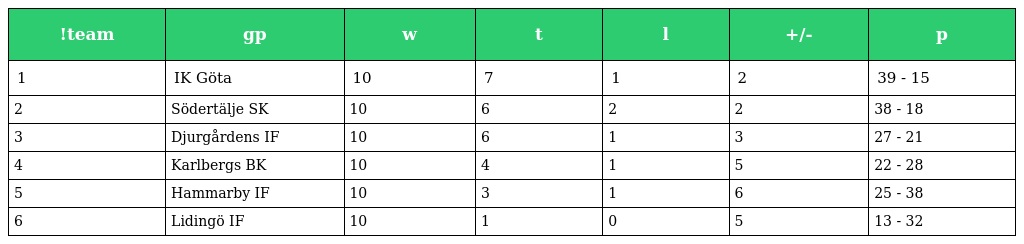
| !team | gp | w | t | l | +/- | p |
 | --- | --- | --- | --- | --- | --- | --- |
 | 1 | IK Göta | 10 | 7 | 1 | 2 | 39 - 15 |
 | 2 | Södertälje SK | 10 | 6 | 2 | 2 | 38 - 18 |
 | 3 | Djurgårdens IF | 10 | 6 | 1 | 3 | 27 - 21 |
 | 4 | Karlbergs BK | 10 | 4 | 1 | 5 | 22 - 28 |
 | 5 | Hammarby IF | 10 | 3 | 1 | 6 | 25 - 38 |
 | 6 | Lidingö IF | 10 | 1 | 0 | 5 | 13 - 32 |